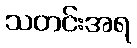
သတင်းအရ